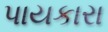
પાયકારા